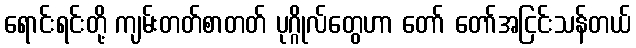
ရောင်းရင်းတို့ ကျမ်းတတ်စာတတ် ပုဂ္ဂိုလ်တွေဟာ တော် တော်အငြင်းသန်တယ်